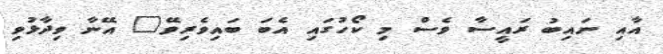
އާއި ނައިބު ރައީސާ ވެސް މި ކޯހުގައި އެބަ ބައިވެރިވޭ" އޭނާ ވިދާޅުވި